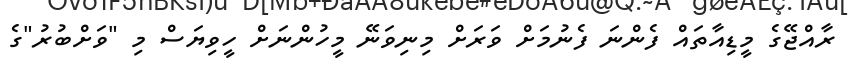
ރާއްޖޭގެ މީޑިއާތައް ފެންނަ ފެނުމަށް ވަރަށް މިނިވަނޭ މީހުންނަށް ހީވިޔަސް މި "ވަށްބުރު"ގެ